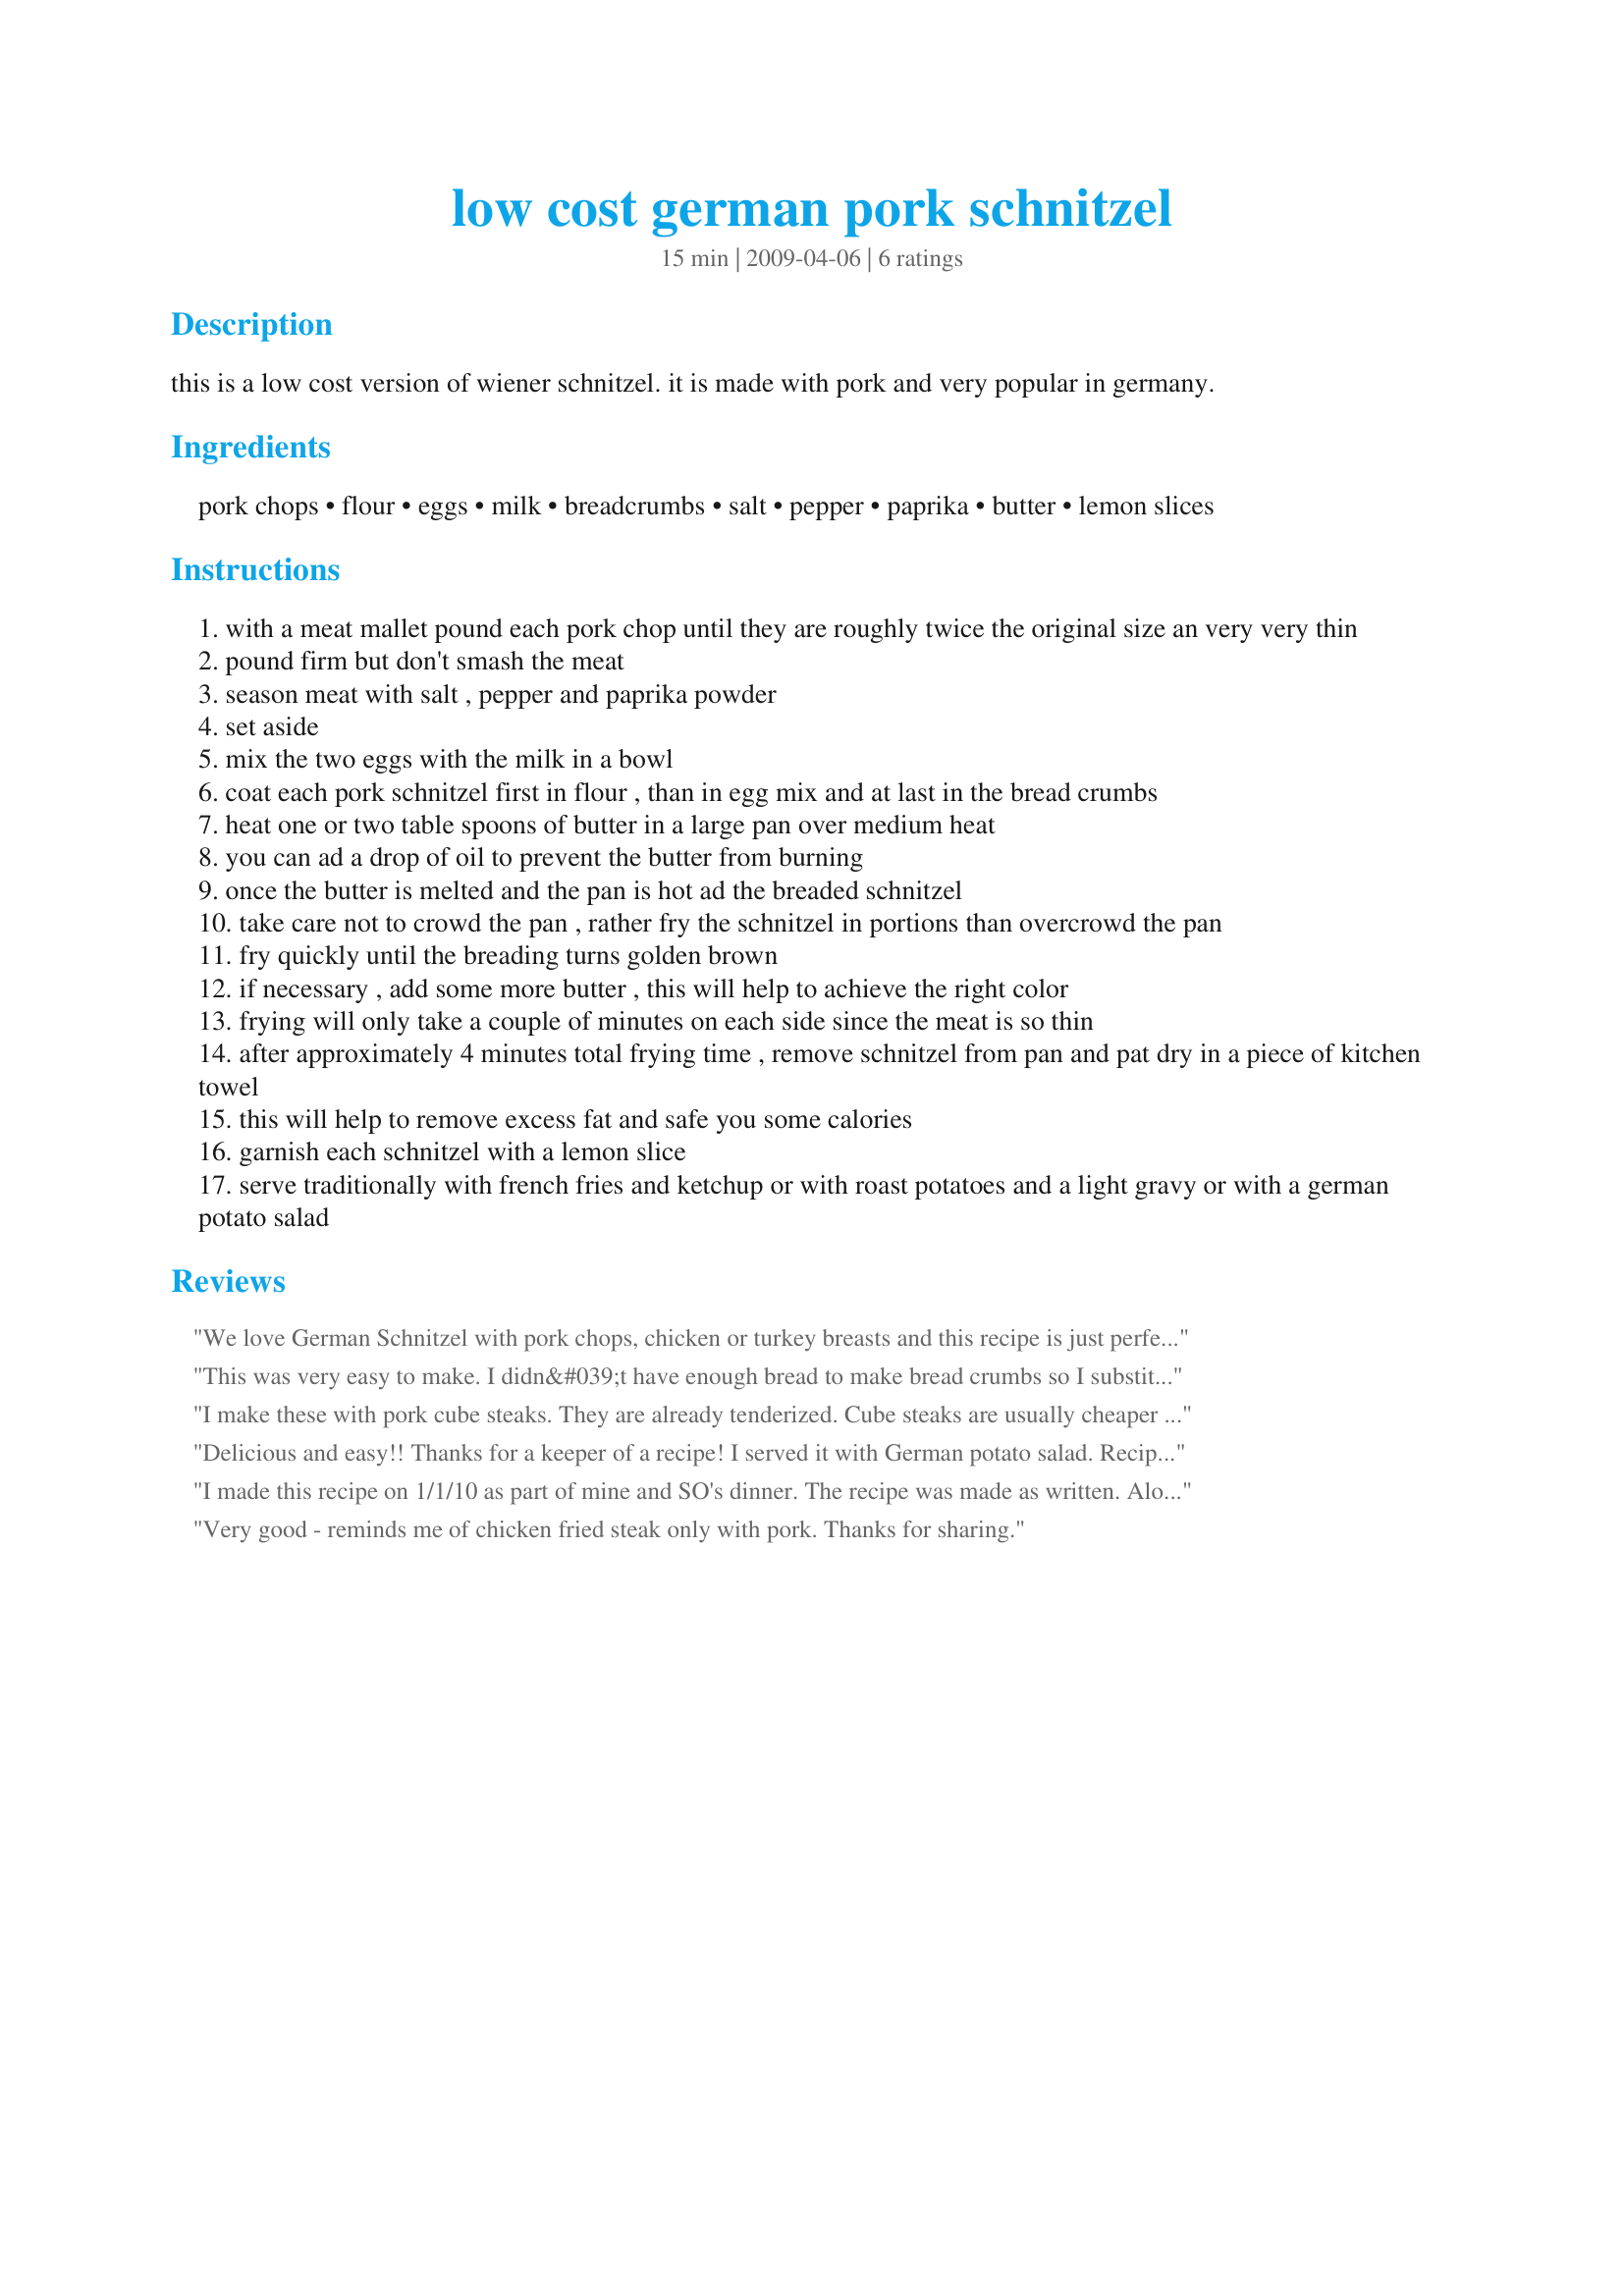
low cost german pork schnitzel
Preparation time: 15 minutes

this is a low cost version of wiener schnitzel. it is made with pork and very popular in germany.

Ingredients:
pork chops, flour, eggs, milk, breadcrumbs, salt, pepper, paprika, butter, lemon slices

Steps:
with a meat mallet pound each pork chop until they are roughly twice the original size an very very thin
pound firm but don't smash the meat
season meat with salt , pepper and paprika powder
set aside
mix the two eggs with the milk in a bowl
coat each pork schnitzel first in flour , than in egg mix and at last in the bread crumbs
heat one or two table spoons of butter in a large pan over medium heat
you can ad a drop of oil to prevent the butter from burning
once the butter is melted and the pan is hot ad the breaded schnitzel
take care not to crowd the pan , rather fry the schnitzel in portions than overcrowd the pan
fry quickly until the breading turns golden brown
if necessary , add some more butter , this will help to achieve the right color
frying will only take a couple of minutes on each side since the meat is so thin
after approximately 4 minutes total frying time , remove schnitzel from pan and pat dry in a piece of kitchen towel
this will help to remove excess fat and safe you some calories
garnish each schnitzel with a lemon slice
serve traditionally with french fries and ketchup or with roast potatoes and a light gravy or with a german potato salad

Reviews:
We love German Schnitzel with pork chops, chicken or turkey breasts and this recipe is just perfect every time i make them. I use 1/2 cup flour and 1/2 cup bread crumbs for the breading. I have serve them with roasted red potatoes and steamed broccoli and baby carrots for a complete meal and love it. Thanks for posting it, Chef #1166907.
This was very easy to make. I didn&#039;t have enough bread to make bread crumbs so I substituted Italian Seasoned Croutons. It gave a little extra flavor and crunch.&lt;br/&gt;&lt;br/&gt;I would make this again.
I make these with pork cube steaks. They are already tenderized. Cube steaks are usually cheaper than chops.
Delicious and easy!! Thanks for a keeper of a recipe! I served it with German potato salad. <br/>Recipe # 27415
I made this recipe on 1/1/10 as part of mine and SO's dinner. The recipe was made as written. Along with this, I served green beans, Recipe#313325 and Recipe#348261. And together it all made a very good " Comfort Food " meal. Thanks for posting and, " Keep Smiling :) "
Very good - reminds me of chicken fried steak only with pork. Thanks for sharing.
